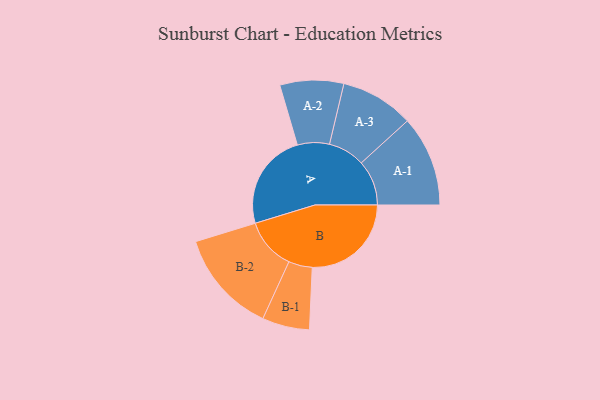
{"axis": {"x": "Segment", "y": "Value"}, "legend": ["", "A", "B"], "data": [{"x": "A", "y": 484, "type": ""}, {"x": "B", "y": 494, "type": ""}, {"x": "A-1", "y": 226, "type": "A"}, {"x": "A-2", "y": 159, "type": "A"}, {"x": "A-3", "y": 183, "type": "A"}, {"x": "B-1", "y": 118, "type": "B"}, {"x": "B-2", "y": 258, "type": "B"}]}